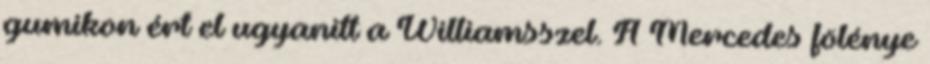
gumikon ért el ugyanitt a Williamsszel. A Mercedes fölénye